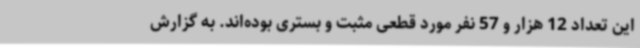
این تعداد 12 هزار و 57 نفر مورد قطعی مثبت و بستری بوده‌اند. به گزارش